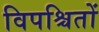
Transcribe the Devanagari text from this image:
विपश्चितों